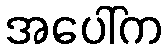
အပေါ်က